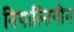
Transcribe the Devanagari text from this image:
नियाल्तिगीन